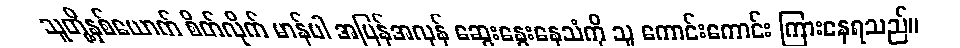
သူတို့နှစ်ယောက် စိတ်လိုက် မာန်ပါ အပြန်အလှန် ဆွေးနွေးနေသံကို သူ ကောင်းကောင်း ကြားနေရသည်။